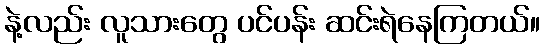
နဲ့လည်း လူသားတွေ ပင်ပန်း ဆင်းရဲနေကြတယ်။